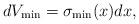
LaTeX: \begin{align*} dV_{\min}=\sigma_{\min}(x)dx, \end{align*}